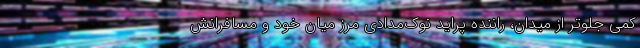
کمی جلوتر از میدان، راننده پراید نوک‌مدادی مرز میان خود و مسافرانش